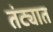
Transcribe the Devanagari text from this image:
तंट्यात